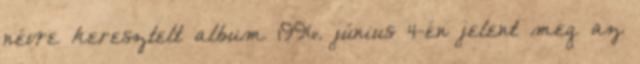
névre keresztelt album 1996. június 4-én jelent meg az